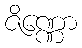
ဇိဏ္ဏော